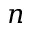
n